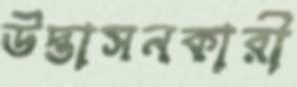
উদ্ভাসনকারী